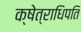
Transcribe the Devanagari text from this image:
क्षेत्राधिपति